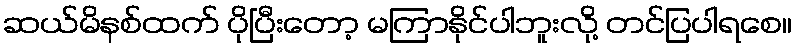
ဆယ်မိနစ်ထက် ပိုပြီးတော့ မကြာနိုင်ပါဘူးလို့ တင်ပြပါရစေ။